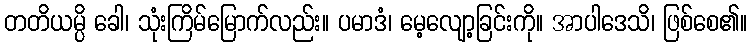
တတိယမ္ပိ ခေါ၊ သုံးကြိမ်မြောက်လည်း။ ပမာဒံ၊ မေ့လျော့ခြင်းကို။ အာပါဒေသိ၊ ဖြစ်စေ၏။